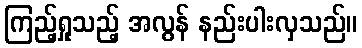
ကြည့်ရှုသည့် အလွန် နည်းပါးလှသည်။